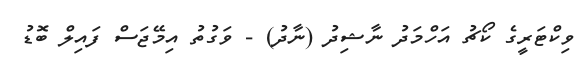
ވިކްޓަރީގެ ކޯޗު އަހްމަދު ނާޝިދު (ނާދު) - ވަގުތު އިމޭޖަސް ފައިލް ބޮޑު